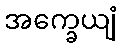
အက္ခေယျံ